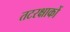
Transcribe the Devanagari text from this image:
तटरक्षाकों